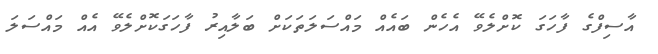
އާސިފްގެ ފާހަގަ ކޮށްލެވޭ އެހެން ބައެއް މައްސަލަތަކަށް ބަލާއިރު ފާހަގަކޮށްލެވޭ އެއް މައްސަލަ